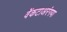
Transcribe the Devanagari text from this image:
वेंकटाअरंगया